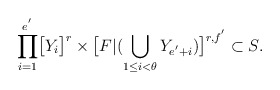
\begin{align*}\displaystyle{\prod_{i=1}^{e^{'}}}\big{[}Y_{i}\big{]}^{r}\times\big{[}F|(\bigcup_{1\leq i<\theta}Y_{e^{'}+i})\big{]}^{r,f^{'}}\subset S.\end{align*}